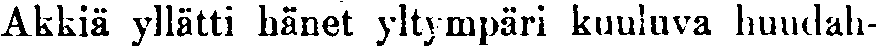
Akkiä yllätti hänet yltympäri kuuluva huudah-